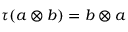
\tau ( a \otimes b ) = b \otimes a